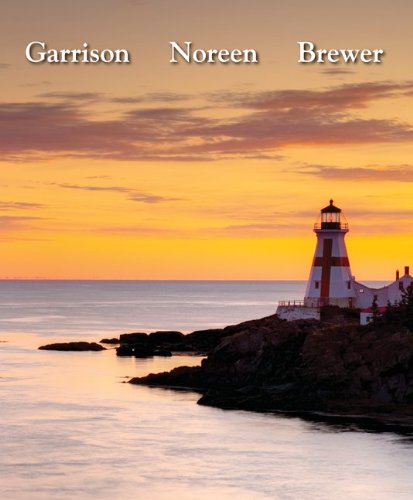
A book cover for Managerial Accounting, 14th Edition; Ray Garrison; Business & Money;